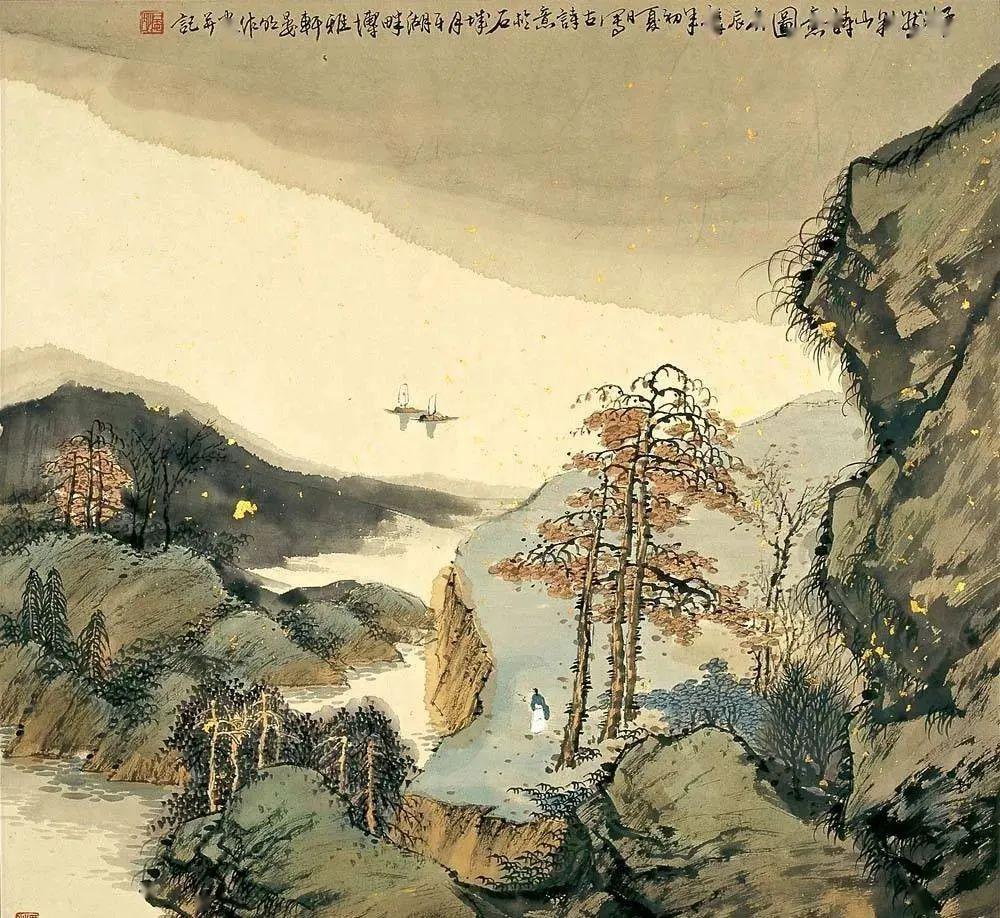
卜邻近三径，植果盈千树。